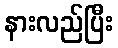
နားလည်ပြီး